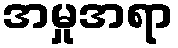
အမှုအရာ